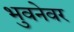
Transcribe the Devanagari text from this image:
भुवनेवर